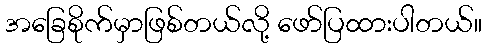
အခြေစိုက်မှာဖြစ်တယ်လို့ ဖော်ပြထားပါတယ်။